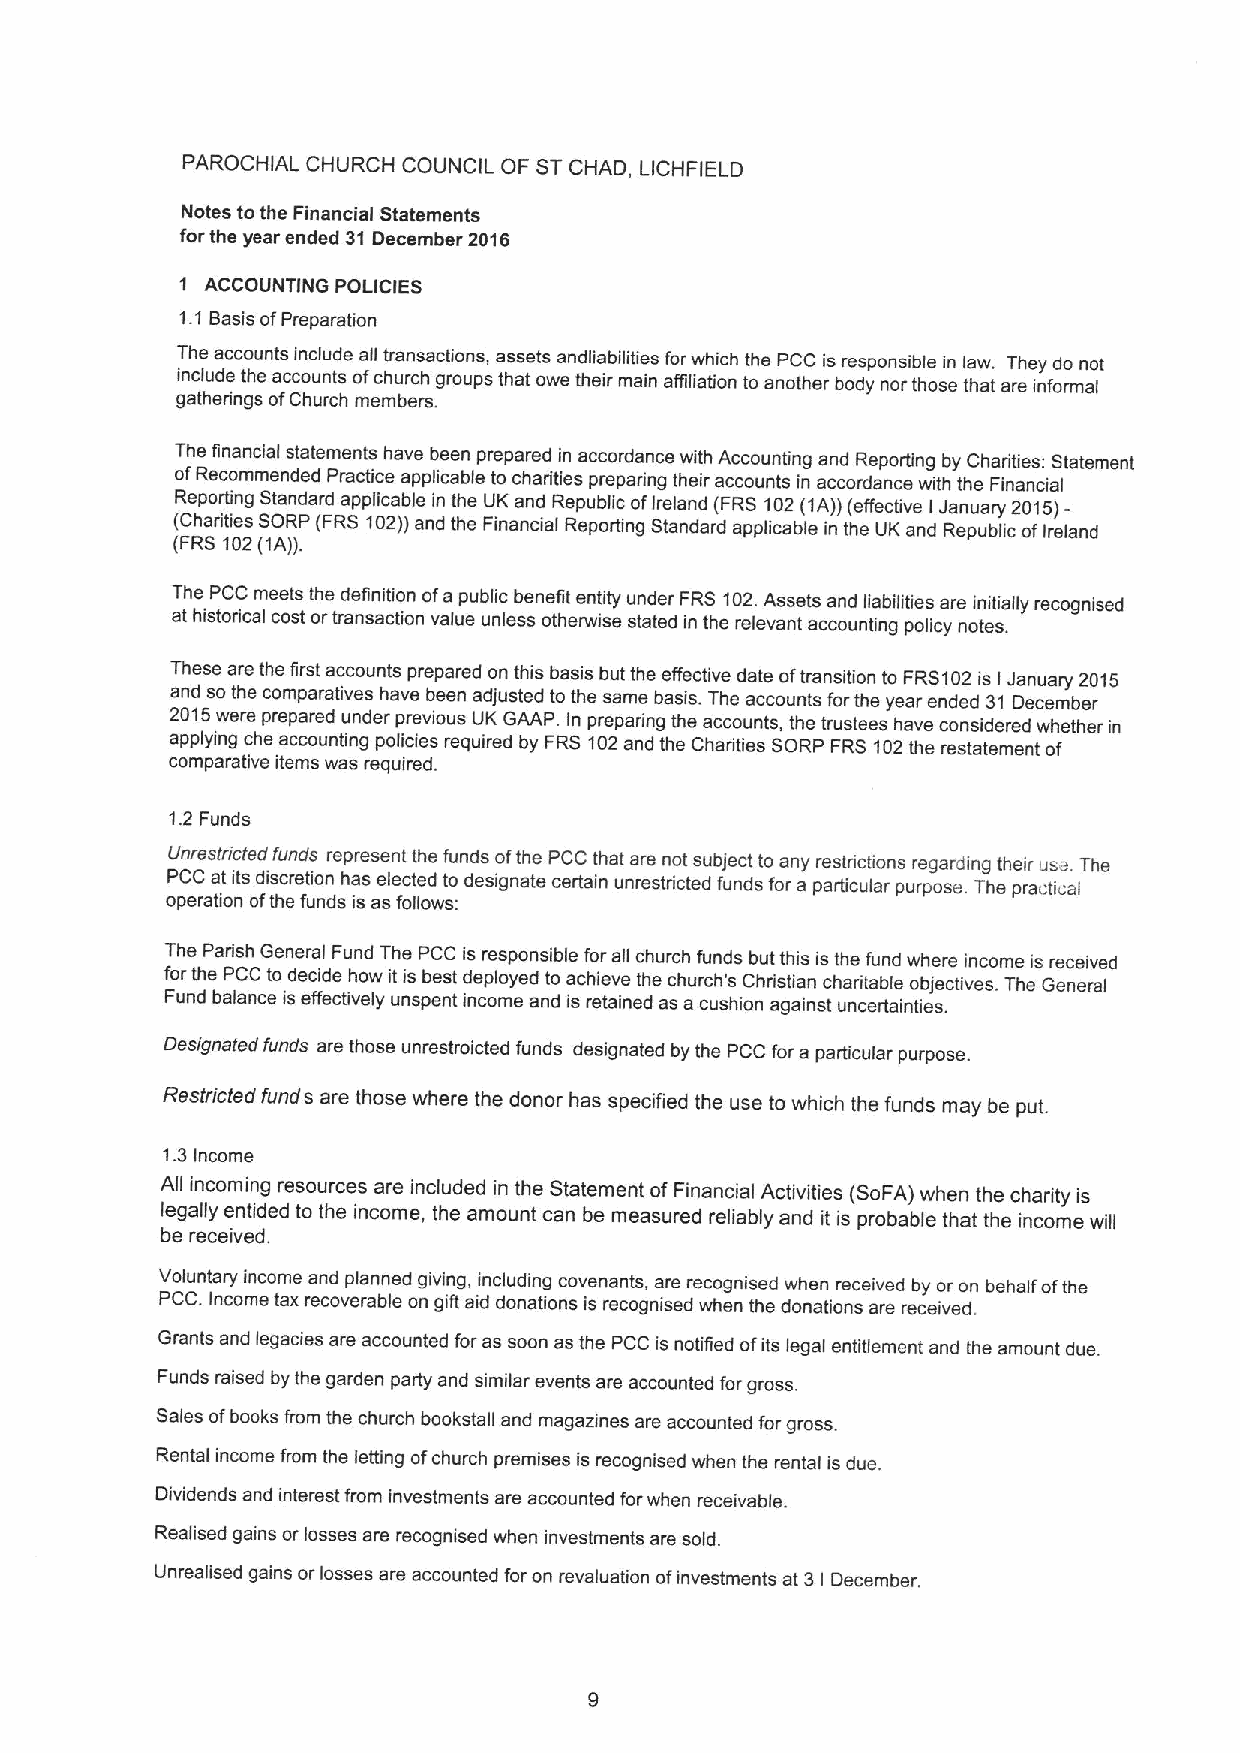
PAROCHIAL CHURCH COUNCIL OF STCHAD, LICHFIELD
 Notes tothe Financial Statements
 forthe year ended 31December 2016
 1 ACCOUNTING POLICIES
 1.1 Basis ofPreparation
 The accounts include all transactions, assets andliabilities forwhich the PCC is responsible in law. They do not
 include the accounts ofchurch groups that owe their main affiliation to another body nor those that are informal
 gatherings ofChurch members.
 The financial statements have been prepared in accordance with Accounting and Reporting by Charities: Statement
 ofRecommended Practice applicable tocharities preparing their accounts in accordance with the Financial
 Reporting Standard applicable in the UK and Republic ofIreland (FRS 102(1A))(effective IJanuary 2015)-
 (Charities SORP (FRS 102))and the Financial Reporting Standard applicable in the UK and Republic ofIreland
 (FRS 102(1A)).
 The PCC meets the definition ofapublic beneht entity under FRS 102.Assets and liabilities are initially recognised
 at historical cost ortransaction value unless otherwise stated in the relevant accounting policy notes.
 T anh des se oa tr he et ch oe ml pir as rt ata ic vc eo sun hts avepre bp ea er ned ado jun stt eh dis b toas ti hs eb su at mt ehe be af sf ie sc .tiv Te hed aa cte coo uf nt tr san fs oit rio tn het yo eaF rR eS n1 d0 e2 dis 31I J Dan eu ca er my be2 r015
 2015were prepared under previous UK GAAP. In preparing the accounts, the trustees have considered whether in
 applying che accounting policies required by FRS 102and the Charities SORP FRS 102the restatement of
 comparative items was required.
 1.2 Funds
 Unrestricted funds represent the funds ofthe PCC that are not subject to any restrictions regarding their us .The
 PCC at its discretion has elected to designate certain unrestricted funds for a particular purpose. The practical
 operation ofthe funds is as follows:
 The Parish General Fund The PCC is responsible forall church funds but this is the fund where income is received
 forthe PCC to decide how it is best deployed to achieve the church's Christian charitable objectives. The General
 Fund balance is effectively unspent income and is retained as a cushion against uncertainties.
 Designated funds are those unrestroicted funds designated by the PCC fora particular purpose.
 Restricted fund s are those where the donor has specified the use to which the funds may be put.
 1.3Income
 All incoming resources are included in the Statement ofFinancial Activities (SoFA)when the charity is
 legally entided to the income, the amount can be measured reliably and it is probable that the income will
 be received.
 Voluntary income and planned giving, including covenants, are recognised when received by or on behalf ofthe
 PCC. Income tax recoverable on giR aid donations is recognised when the donations are received.
 Grants and legacies are accounted for as soon as the PCC is notified ofits legal entitlement and the amount due.
 Funds raised by the garden party and similar events are accounted for gross.
 Sales ofbooks from the church bookstall and magazines are accounted forgross.
 Rental income from the letting ofchurch premises is recognised when the rental is due.
 Dividends and interest from investments are accounted forwhen receivable.
 Realised gains or losses are recognised when investments are sold.
 Unrealised gains or losses are accounted foron revaluation ofinvestments at 31December.